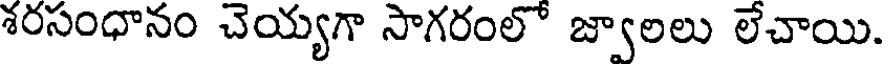
శరసంధానం చెయ్యగా సాగరంలో జ్వాలలు లేచాయి.